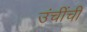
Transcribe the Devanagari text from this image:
उंचींची